Medical and sanitary report of the native army of Bengal for the year
Year: 1876
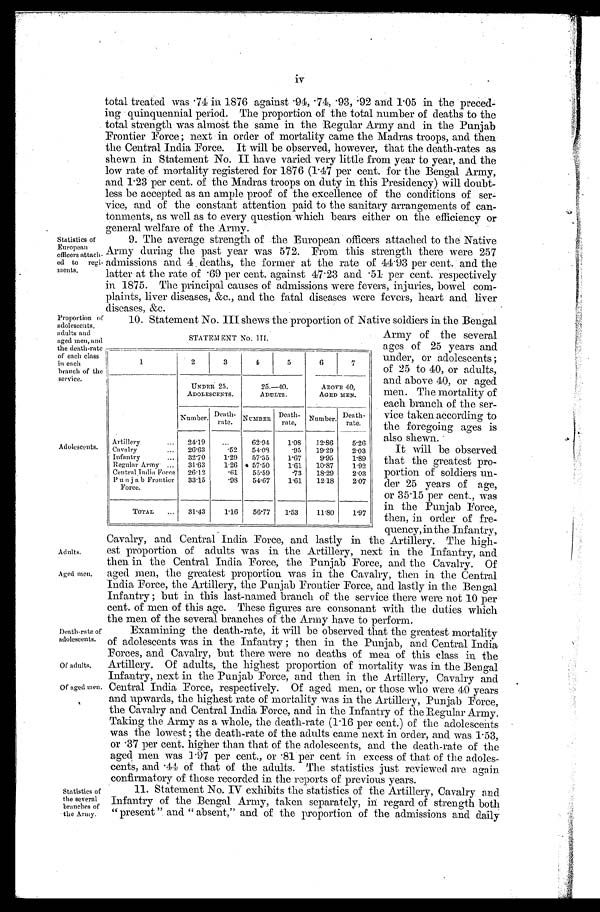
Adolescents.
Adults.
Aged men.
Death-rate of
adolescents.
Of adults.
Of aged men.
Statistics of
the several
branches of
the Army.
Statistics of
European
officers attach
-
ed to regi
-
ments.
Proportion of
adolescents,
adults and
aged men, and
the death-rate
of each class
in each
branch of the
service.
iv
total treated was .74 in 1876 against .94, .74, .93, .92 and 1.05 in the preced-
ing quinquennial period. The proportion of the total number of deaths to the
total strength was almost the same in the Regular Army and in the Punjab
Frontier Force; next in order of mortality came the Madras troops, and then
the Central India Force. It will be observed, however, that the death-rates as
shewn in Statement No. II have varied very little from year to year, and the
low rate of mortality registered for 1876 (1.47 per cent. for the Bengal Army,
and 1.23 per cent. of the Madras troops on duty in this Presidency) will doubt
-
less be accepted as an ample proof of the excellence of the conditions of ser-
vice, and of the constant attention paid to the sanitary arrangements of can
-
tonments, as well as to every question which bears either on the efficiency or
general welfare of the Army.
9. The average strength of the European officers attached to the Native
Army during the past year was 572. From this strength there were 257
admissions and 4 deaths, the former at the rate of 44.93 per cent. and the
l at t er at t he r at e of . 69 per cent . agai ns t 47. 23 and . 51 per cent . r es pect i vel y
in 1875. The principal causes of admissions were fevers, injuries, bowel com-
plaints, liver diseases, &c., and the fatal diseases were fevers, heart and liver
diseases, &c.
10. Statement No. III shows the proportion of Native soldiers in the Bengal
Army of the several
ages of 25 years and
under, or adolescents;
of 25 to 40, or adults,
and above 40, or aged
men. The mortality of
each branch of the ser
- vice taken according to
the foregoing ages is
also shewn.
It will be observed
that the greatest pro
- portion of soldiers un
- d e r 2 5 y e a r s o f a g e ,
or 35.15 per cent., was
in the Punjab Force,
then, in order of fre-
quency,inthe Infantry,
Cavalry, and Central India Force, and lastly in the Artillery. The high
-
est proportion of adults was in the Artillery, next in the Infantry, and
then in the Central India Force, the Punjab Force, and the Cavalry. Of
aged men, the greatest proportion was in the Cavalry, then in the Central
India Force, the Artillery, the Punjab Frontier Force, and lastly in the Bengal
Infantry; but in this last-named branch of the service there were not 10 per
cent. of men of this age. These figures are consonant with the duties which
the men of the several branches of the Army have to perform.
Examining the death-rate, it will be observed that the greatest mortality
of adolescents was in the Infantry; then in the Punjab, and Central India
Forces, and Cavalry, but there were no deaths of men of this class in the
Artillery. Of adults, the highest proportion of mortality was in the Bengal
Infantry, next in the Punjab Force, and then in the Artillery, Cavalry and
Central India Force, respectively. Of aged men, or those who were 40 years
and upwards, the highest rate of mortality was in the Artillery, Punjab Force,
the Cavalry and Central India Force, and in the Infantry of the Regular Army.
Taking the Army as a whole, the death-rate (1.16 per cent.) of the adolescents
was the lowest; the death-rate of the adults came next in order, and was 1.53,
or .37 per cent. higher than that of the adolescents, and the death-rate of the
aged men was 1.97 per cent., or .81 per cent in excess of that of the adoles
- cents, and .44 of that of the adults. The statistics just reviewed are again
confirmatory of those recorded in the reports of previous years.
11. Statement No. IV exhibits the statistics of the Artillery, Cavalry and
Infantry of the Bengal Army, taken separately, in regard of strength both
"present" and "absent," and of the proportion of the admissions and daily
STATEMENT NO. 111
1
2 3
4
5
6
7
UNDER 25.
ADOLESCENTS.
25.—40.
ADULTS.
ABOVE 40,
AGED MEN.
Number. Death-
rate. NUMBER Death-
rate, Number. Death-
rate.
Artillery
24.19
62.94 1.08 12.86 5.26
Cavalry
26.63 .52 54.08
.95 19.29 2.03
Infantry
32.70 1.29 57.35 1.67 9.95 1.89
Regular Army
31.63 1.26 57.50 1.61 10.87 1.92
Central India Force 26.12
.61 55.59
.73 18.29 2.03
Punjab Frontier
Force.
33.15
.98 54.67 1.61 12.18 2.07
TOTAL
31.43 1.16 56.77 1.53
11.80 1.97